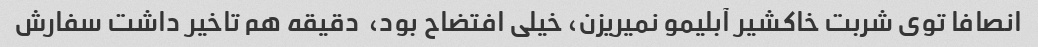
انصافا توی شربت خاکشیر آبلیمو نمیریزن، خیلی افتضاح بود،  دقیقه هم تاخیر داشت سفارش